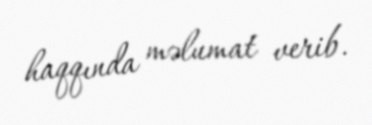
haqqında məlumat verib.